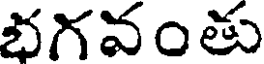
భగవంతు